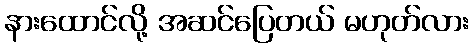
နားထောင်လို့ အဆင်ပြေတယ် မဟုတ်လား